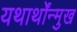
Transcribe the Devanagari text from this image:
यथार्थोंन्मुख